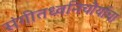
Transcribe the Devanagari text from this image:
संगीतध्वनिचौर्याचा